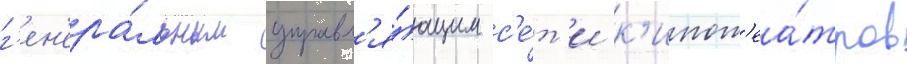
г'ен'ера́льным управл'я́ющим с'е́т'и к'инот'еа́тров